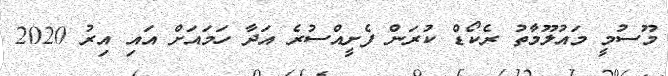
މޫސުމީ މައުލޫމާތު ރެކޯޑް ކުރަން ފެށީއްސުރެ އަދާ ހަމައަށް އައި އިރު 2020